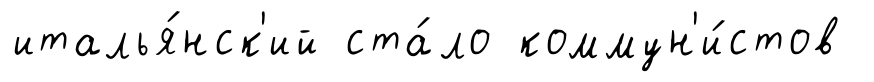
италья́нск'ий ста́ло коммун'и́стов